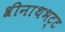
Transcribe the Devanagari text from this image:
श्रीनाथभट्ट